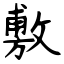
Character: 敷